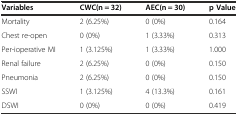
<table><thead><tr><td><b>Variables</b></td><td><b>CWC(n = 32)</b></td><td><b>AEC(n = 30)</b></td><td><b>p Value</b></td></tr></thead><tbody><tr><td>Mortality</td><td>2 (6.25%)</td><td>0 (0%)</td><td>0.164</td></tr><tr><td>Chest re-open</td><td>0 (0%)</td><td>1 (3.33%)</td><td>0.313</td></tr><tr><td>Per-ioperative MI</td><td>1 (3.125%)</td><td>1 (3.33%)</td><td>1.000</td></tr><tr><td>Renal failure</td><td>2 (6.25%)</td><td>0 (0%)</td><td>0.150</td></tr><tr><td>Pneumonia</td><td>2 (6.25%)</td><td>0 (0%)</td><td>0.150</td></tr><tr><td>SSWI</td><td>1 (3.125%)</td><td>4 (13.3%)</td><td>0.161</td></tr><tr><td>DSWI</td><td>0 (0%)</td><td>0 (0%)</td><td>0.419</td></tr></tbody></table>